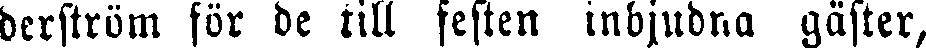
derström för de till festen inbjudna gäster,